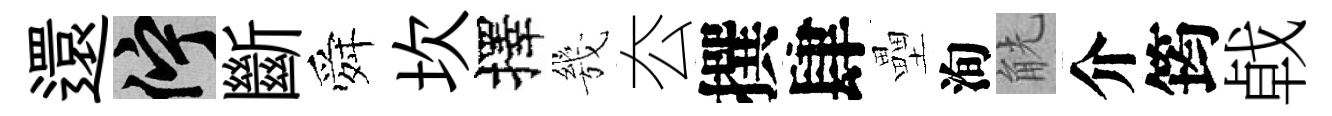
還伫斷舜坎擇㡬厺撰肆壘洵觥介筠㦸